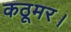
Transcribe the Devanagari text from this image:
कठूमर।